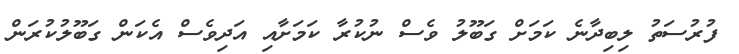
ފުރުސަތު ލިބިދާނެ ކަމަށް ގަބޫލު ވެސް ނުކުރާ ކަމަށާއި އަދިވެސް އެކަން ގަބޫލުކުރަން